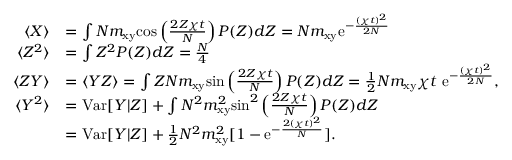
\begin{array} { r l } { \langle X \rangle } & { = \int N m _ { \mathrm { x y } } \mathrm { c o s } \left( \frac { 2 Z \chi t } { N } \right) P ( Z ) d Z = N m _ { \mathrm { x y } } \mathrm { e } ^ { - \frac { ( \chi t ) ^ { 2 } } { 2 N } } } \\ { \langle Z ^ { 2 } \rangle } & { = \int Z ^ { 2 } P ( Z ) d Z = \frac { N } { 4 } } \\ { \langle Z Y \rangle } & { = \langle Y Z \rangle = \int Z N m _ { \mathrm { x y } } \mathrm { s i n } \left( \frac { 2 Z \chi t } { N } \right) P ( Z ) d Z = \frac { 1 } { 2 } N m _ { \mathrm { x y } } \chi t ~ \mathrm { e } ^ { - \frac { ( \chi t ) ^ { 2 } } { 2 N } } , } \\ { \langle Y ^ { 2 } \rangle } & { = \mathrm { V a r } [ Y | Z ] + \int N ^ { 2 } m _ { \mathrm { x y } } ^ { 2 } \mathrm { s i n } ^ { 2 } \left( \frac { 2 Z \chi t } { N } \right) P ( Z ) d Z } \\ & { = \mathrm { V a r } [ Y | Z ] + \frac { 1 } { 2 } N ^ { 2 } m _ { \mathrm { x y } } ^ { 2 } [ 1 - \mathrm { e } ^ { - \frac { 2 ( \chi t ) ^ { 2 } } { N } } ] . } \end{array}